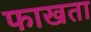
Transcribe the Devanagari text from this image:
फाखता